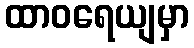
ထာဝရေယျမှာ